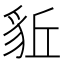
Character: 𧲰